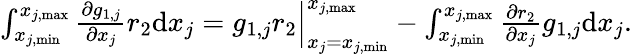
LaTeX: \begin{array}{r}{\int_{x_{j,\mathrm{min}}}^{x_{j,\mathrm{max}}}{\frac{\partial g_{1,j}}{\partial x_{j}}r_{2}}\mathrm{d}x_{j}=g_{1,j}r_{2}\Big|_{x_{j}=x_{j,\mathrm{min}}}^{x_{j,\mathrm{max}}}-\int_{x_{j,\mathrm{min}}}^{x_{j,\mathrm{max}}}{\frac{\partial r_{2}}{\partial x_{j}}g_{1,j}}\mathrm{d}x_{j}.}\end{array}